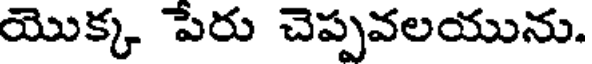
యొక్క పేరు చెప్పవలయును.